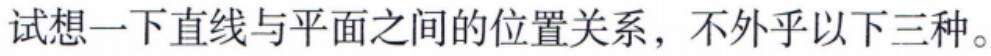
试想一下直线与平面之间的位置关系，不外乎以下三种。